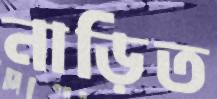
নাড়িত